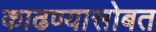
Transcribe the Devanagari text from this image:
काढण्यासोबत